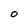
Character: O